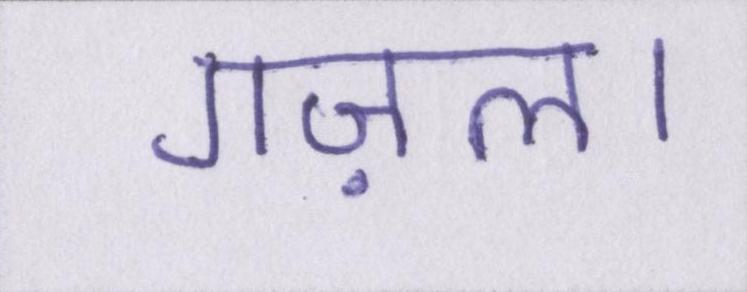
गज़ल।